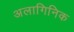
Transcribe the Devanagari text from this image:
अलागिनिक